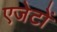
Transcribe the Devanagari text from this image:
एजेटों